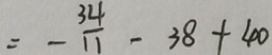
= - \frac { 3 4 } { 1 1 } - 3 8 + 4 0